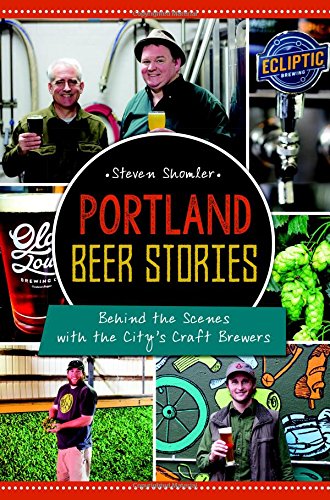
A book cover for Portland Beer Stories (American Palate); Steven Shomler; Cookbooks, Food & Wine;